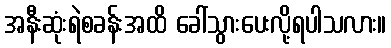
အနီးဆုံးရဲစခန်းအထိ ခေါ်သွားပေးလို့ရပါသလား။